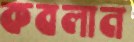
কবলান